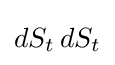
dS_{t}\,dS_{t}